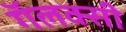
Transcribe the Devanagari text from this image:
गॅलक्सी